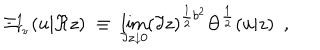
LaTeX: \Xi _ { r _ { \nu } } ^ { 1 } ( u | \Re z ) \; \equiv \; \lim _ { \Im z \downarrow 0 } ( \Im z ) ^ { \frac { 1 } { 2 } b ^ { 2 } } \Theta ^ { \frac { 1 } { 2 } } ( u | z ) \ \ ,